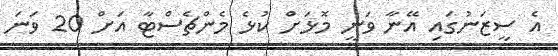
އެ ސީޒަނުގައި އޭނާ ވަނީ މޮޅަށް ކުޅެ މެންޗެސްޓާ އަށް 20 ވަނަ